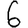
Digit: 6